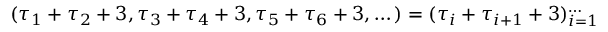
( \tau _ { 1 } + \tau _ { 2 } + 3 , \tau _ { 3 } + \tau _ { 4 } + 3 , \tau _ { 5 } + \tau _ { 6 } + 3 , \dots ) = ( \tau _ { i } + \tau _ { i + 1 } + 3 ) _ { i = 1 } ^ { \dots }